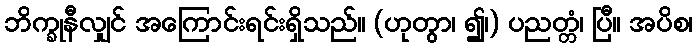
ဘိက္ခုနီလျှင် အကြောင်းရင်းရှိသည်။ (ဟုတွာ၊ ၍၊) ပညတ္တံ၊ ပြီ။ အပိစ၊